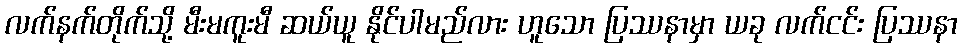
လက်နက်တိုက်သို့ မီးမကူးမီ ဆယ်ယူ နိုင်ပါမည်လား ဟူသော ပြဿနာမှာ ယခု လက်ငင်း ပြဿနာ